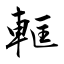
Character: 軭